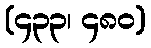
(၄၃၃၊ ၄၈၀)